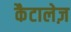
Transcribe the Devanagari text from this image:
कैटालेज़